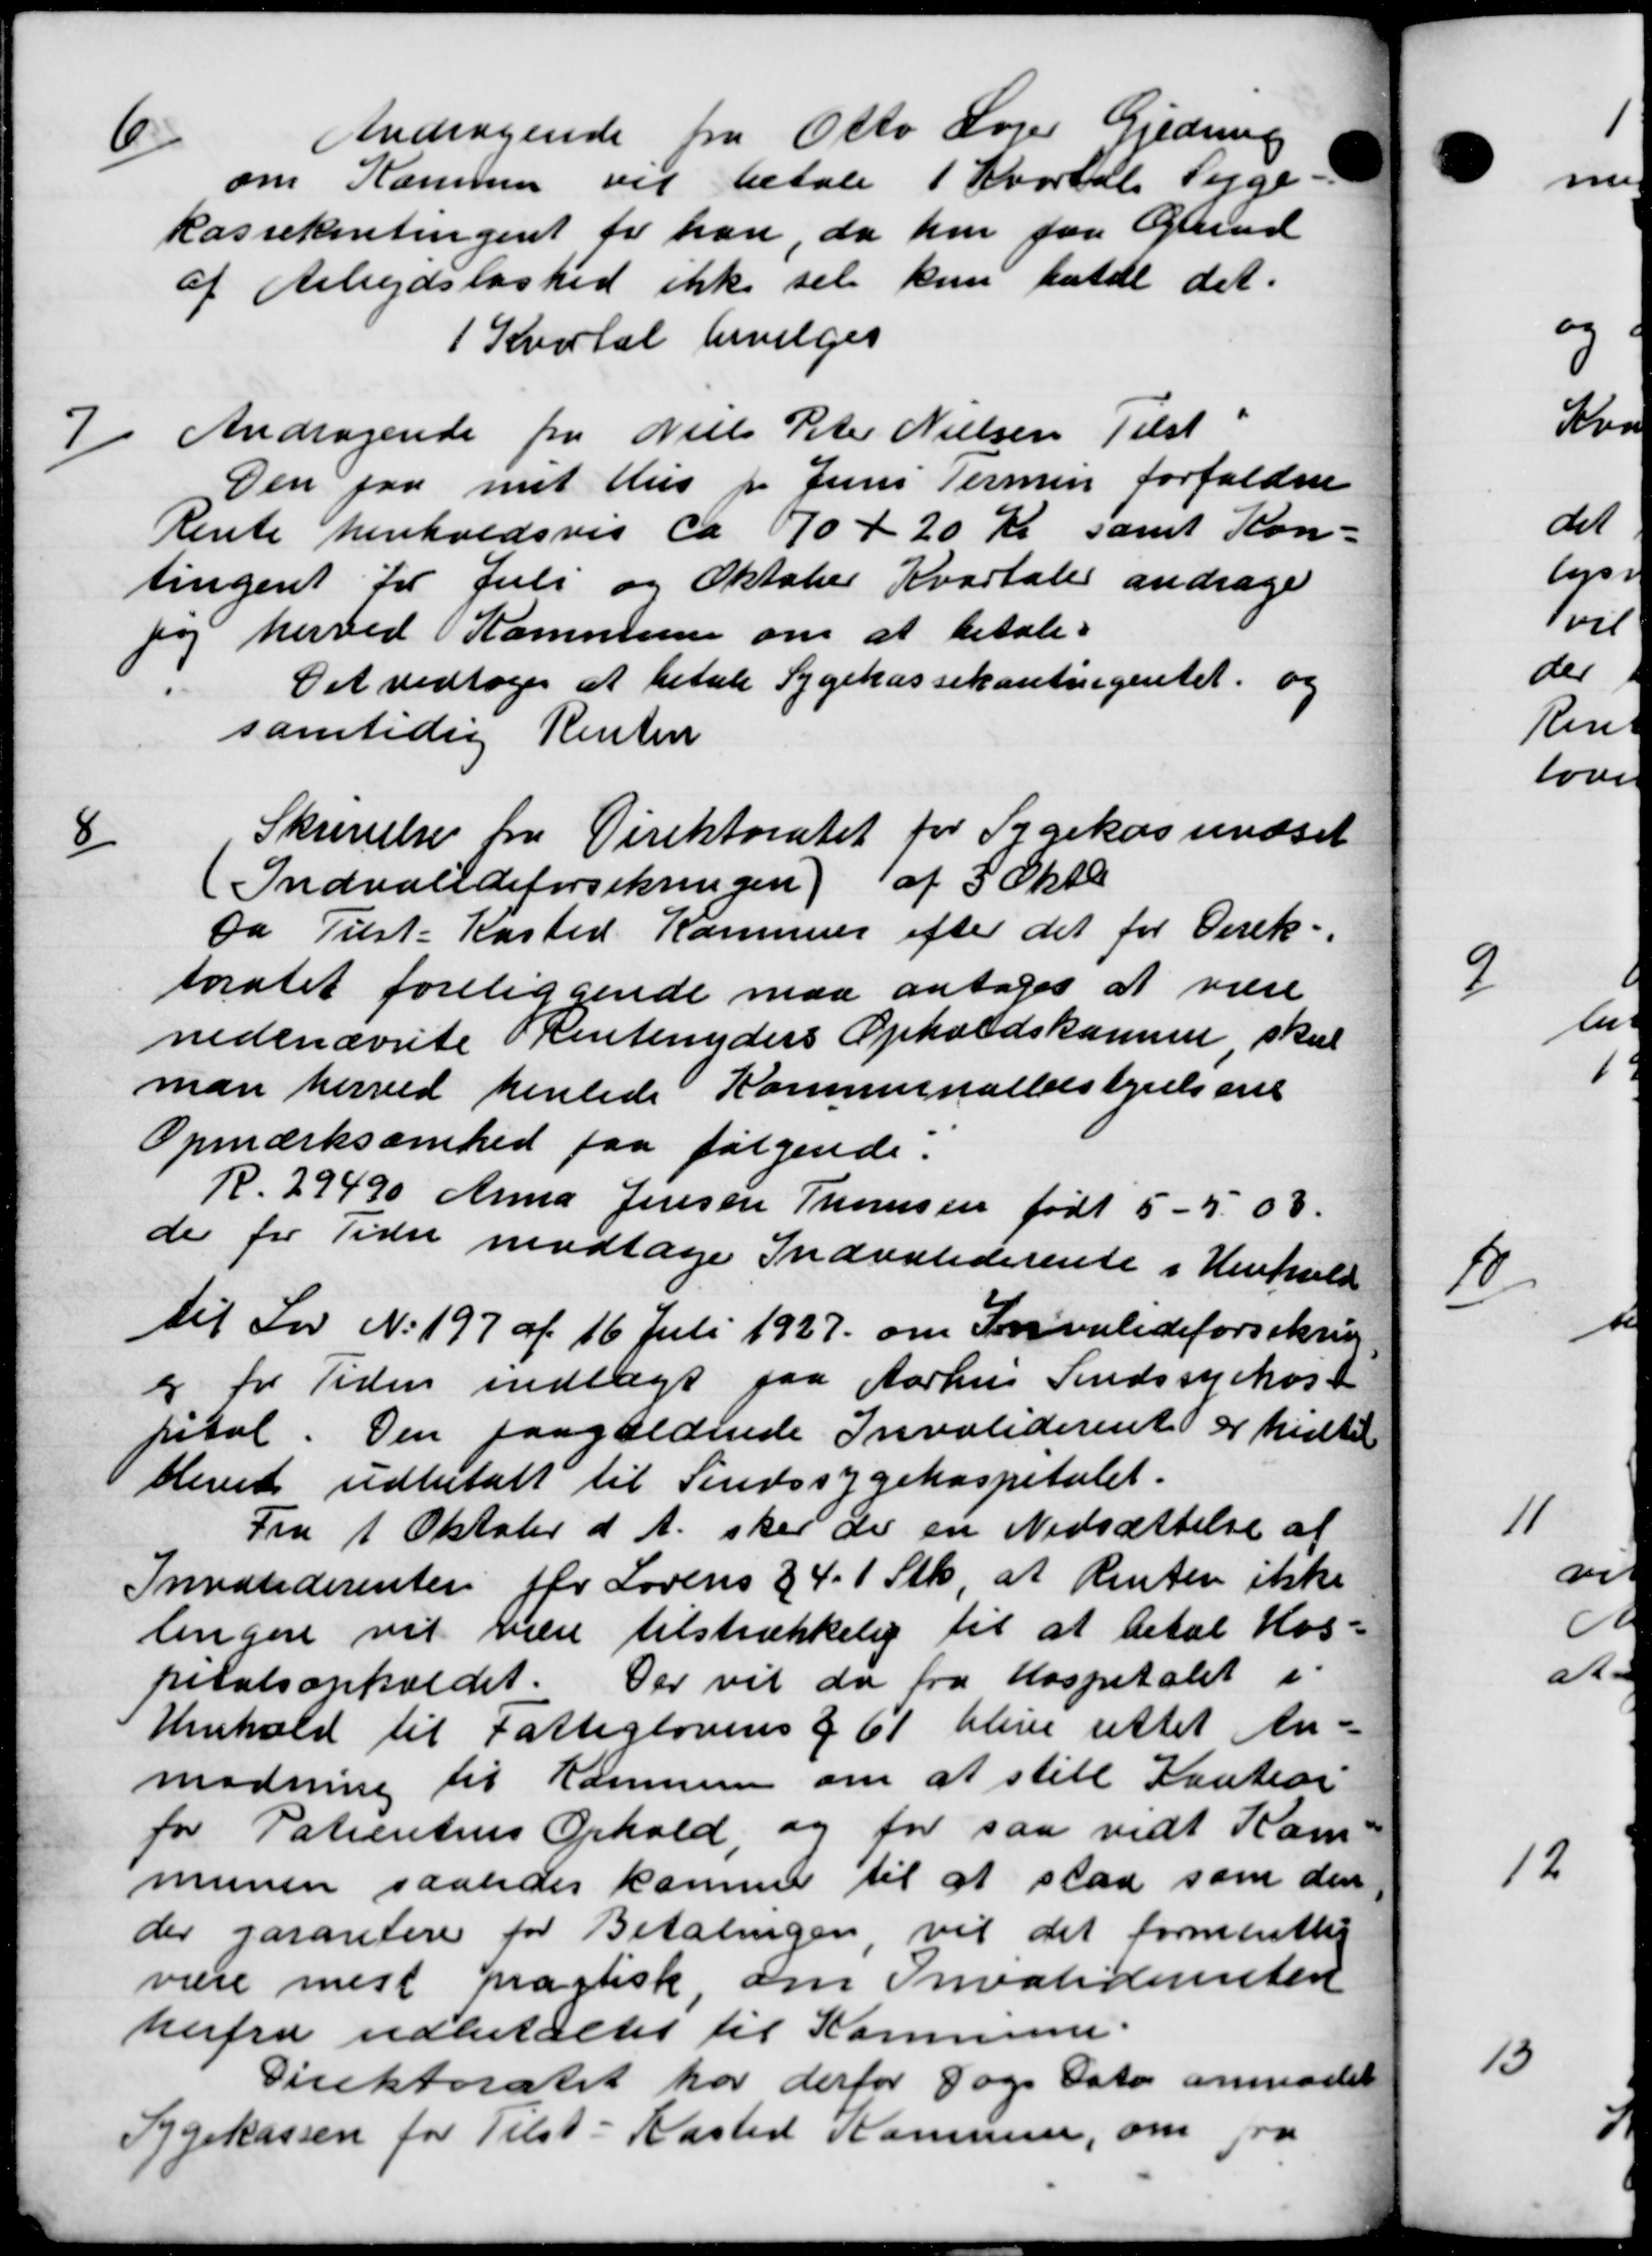
Transskription:
6/
Andragende fra Otto Lager Gjedning
om Kommer vil betale 1 Kvartal Syge
kassekontingent for han da hun faa Grund
af Arbejdsløshed ikke sel kun fatte det.
1 Kvartal bevilges
7
Andragende fra Niels Peter Nielsen Tilst
Den paa mit Hus pr Juni Termin forfaldne
Rente henholdsvis ca 70 + 20 Kr samt Kon-
tingent for Juli og Oktober Kvartaler andrage
før herved Kommunen om at betale
Det vedtoges at betale Sygekassekontingentet og
samtidig Renten
8
Skrivelse fra Direktoratet for Sygekassevæset
(Indvalideforsikringen) af 5 Oktb.
Da Tilst-Kasted Kommune efter det for Direk-
toratet foreliggende maa antoges at være
nedenævnte Rentenyders Opholdskomme skal
man herved henlede Kommunalbestyrelsene
Opmærksomhed paa følgende:
R. 29490 Anna Jensen Thomsen født 5 - 503.
de for Tider modtage Indvaliderente i Henhold
til Lov No 197 af 16 Juli 1927 om Invalideforsikring
er for Tiden indlagt paa Aarhus Sindssyehost
pital. Den paagældende Invaliderente er hidtil
blevet udbetalt til Sindssygehospitalet.
Fra 1 Oktober d. A. sker der en Nedsættelse af
Invaliderenten fr Lovens 341 Stk, at Renten ikke
lingere vil hen tilstrækkelig til at betal Hos-
pitalsopholdet. Der vil de fra Hospitalet i
Henhold til Fattiglovens § 61 blive rettet An-
modning til Kommune om at stille Kaution
for Patientes Ophold, og for saa vidt Kom-
munen saaledes kommer til at slaa som den
der garantere for Betalingen vil det formentlig
være mest pastisk om Invaliderenten
herfra udbetaltes til Kommune.
Direktoratet har derfor Dags Dato anmoder
Sygekassen for Tilst-Kasted Kommune, om fra